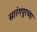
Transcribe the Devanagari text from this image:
सारंगपूरच्या